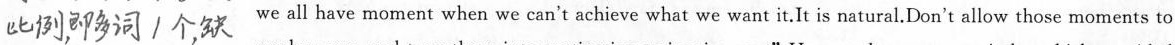
##比例，即多词1个，缺##we all have moment when we can't achieve what we want it.It is natural.Don't allow those moments to